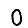
Digit: 0